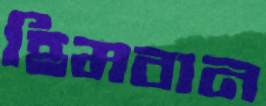
হিমবান